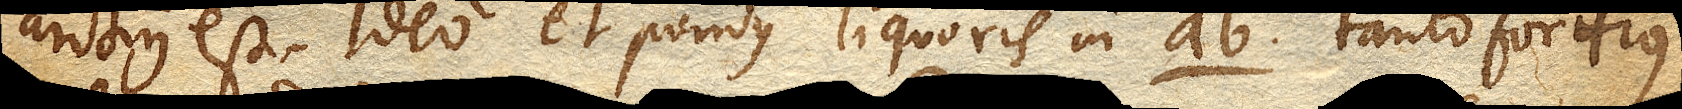
arctius est. Ideo et pondus liquoris in ab. tanto fortius